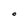
Character: O